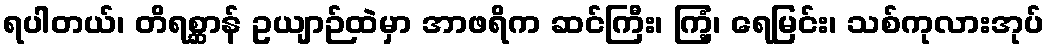
ရပါတယ်၊ တိရစ္ဆာန် ဥယျာဉ်ထဲမှာ အာဖရိက ဆင်ကြီး၊ ကြံ့၊ ရေမြင်း၊ သစ်ကုလားအုပ်